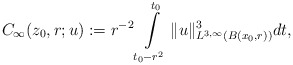
\begin{align*}C_{\infty}(z_{0},r;u):= r^{-2}\int\limits_{t_{0}-r^2}^{t_0}\|u\|_{L^{3,\infty}(B(x_0,r))}^3 dt,\end{align*}